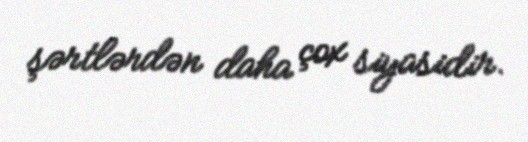
şərtlərdən daha çox siyasidir.